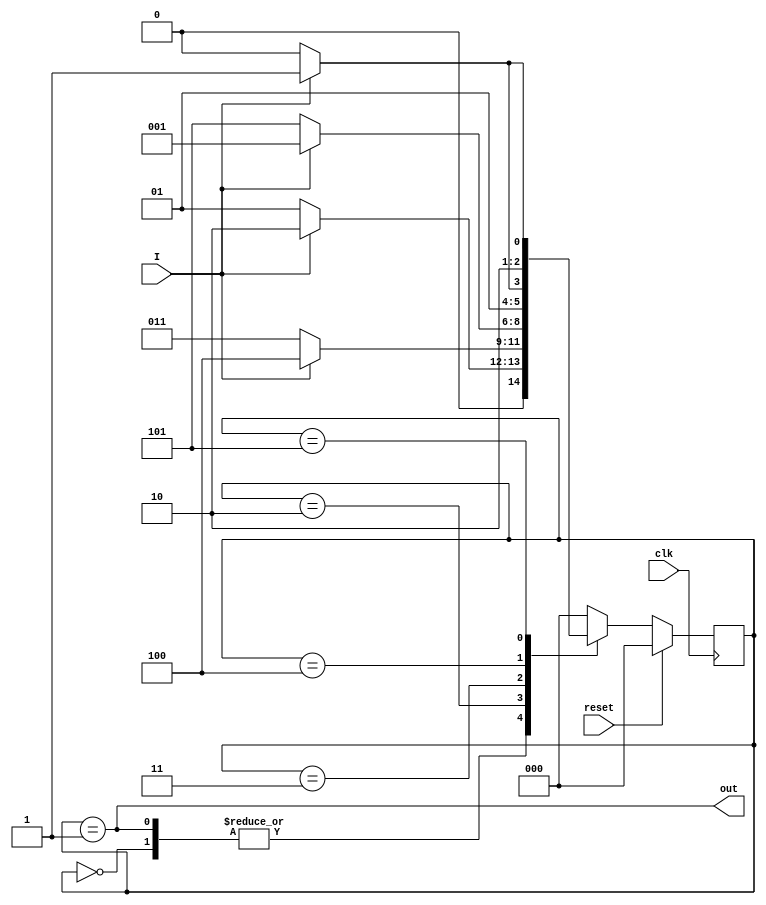
module divideby5(I,clk,reset,out);
input I,clk,reset;
output  out;
parameter Idle=3'b000,s0=3'b001,s01=3'b010,s10=3'b011,s11=3'b100,s100=3'b101;
reg [2:0]state,next_state;
always@(posedge clk)
begin
if(reset)
state<=Idle;
else
state<=next_state;
end
always@(*)
begin
next_state=Idle;
case(state)
Idle: if(I) next_state=s01;
	else next_state=s0;
s0:  if(I) next_state=s01;
	else next_state=s0;
	
s01: if(I) next_state=s11;
	else next_state=s10;
s10: if(I) next_state=s0;
	else next_state=s100;
s11: if(I) next_state=s10;
	else next_state=s01;
s100: if(I) next_state=s100;
	else next_state=s11;
default: next_state=Idle;
endcase
end
assign out=(state==s0);
endmodule